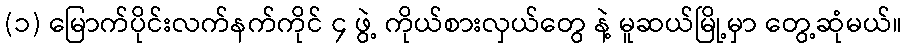
(၁) မြောက်ပိုင်းလက်နက်ကိုင် ၄ ဖွဲ့ ကိုယ်စားလှယ်တွေ နဲ့ မူဆယ်မြို့မှာ တွေ့ဆုံမယ်။